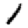
Digit: 1